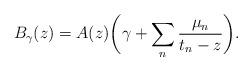
LaTeX: \begin{align*}B_\gamma(z) = A(z) \bigg(\gamma + \sum_n \frac{\mu_n}{t_n-z}\bigg).\end{align*}